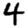
Digit: 4